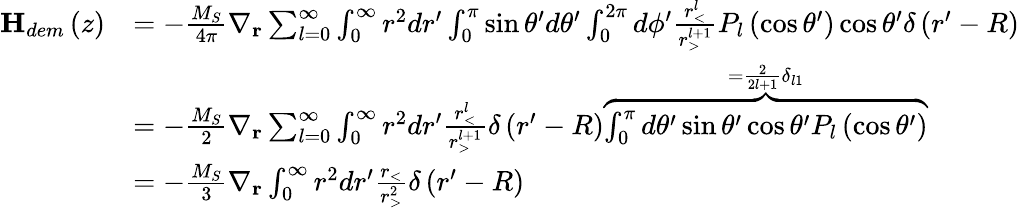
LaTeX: \begin{array}{rl}{\textbf{H}_{dem}\left(z\right)}&{=-\frac{M_{S}}{4\pi}\nabla_{\textbf{r}}\sum_{l=0}^{\infty}\int_{0}^{\infty}r^{2}dr^{\prime}\int_{0}^{\pi}\sin\theta^{\prime}d\theta^{\prime}\int_{0}^{2\pi}d\phi^{\prime}\frac{r_{<}^{l}}{r_{>}^{l+1}}P_{l}\left(\cos\theta^{\prime}\right)\cos\theta^{\prime}\delta\left(r^{\prime}-R\right)}\\ &{=-\frac{M_{S}}{2}\nabla_{\textbf{r}}\sum_{l=0}^{\infty}\int_{0}^{\infty}r^{2}dr^{\prime}\frac{r_{<}^{l}}{r_{>}^{l+1}}\delta\left(r^{\prime}-R\right)\overset{=\frac{2}{2l+1}\delta_{l1}}{\overbrace{\int_{0}^{\pi}d\theta^{\prime}\sin\theta^{\prime}\cos\theta^{\prime}P_{l}\left(\cos\theta^{\prime}\right)}}}\\ &{=-\frac{M_{S}}{3}\nabla_{\textbf{r}}\int_{0}^{\infty}r^{2}dr^{\prime}\frac{r_{<}}{r_{>}^{2}}\delta\left(r^{\prime}-R\right)}\end{array}